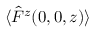
\langle \hat { F } ^ { z } ( 0 , 0 , z ) \rangle